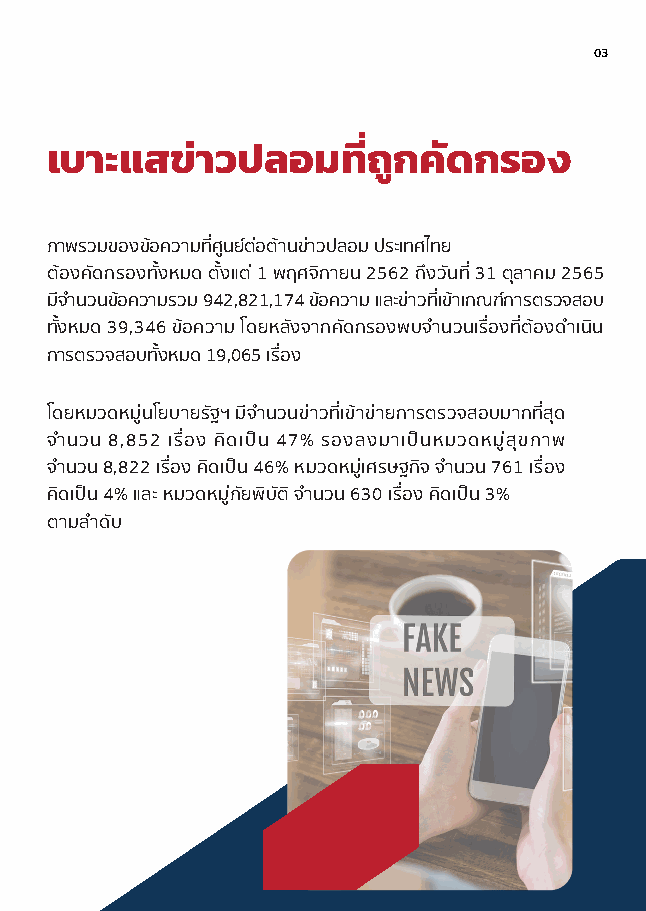
03
 เบาะแสข่าวปลอมที่ถูกคัดกรอง
 ภาพรวมของขอความที่ศูนยตอตานขาวปลอม ประเทศไทย
 ตองคัดกรองทั้งหมด ตั้งแต 1 พฤศจิกายน 2562 ถึงวันที่ 31 ตุลาคม 2565
 มีจํานวนขอความรวม 942,821,174 ขอความ และขาวที่เขาเกณฑการตรวจสอบ
 ทั้งหมด 39,346 ขอความ โดยหลังจากคัดกรองพบจํานวนเรื่องที่ตองดําเนิน
 การตรวจสอบทั้งหมด 19,065 เรื่อง
 โดยหมวดหมูนโยบายรัฐฯ มีจํานวนขาวที่เขาขายการตรวจสอบมากที่สุด
 จํานวน 8,852 เรื่อง คิดเปน 47% รองลงมาเปนหมวดหมูสุขภาพ
 จํานวน 8,822 เรื่อง คิดเปน 46% หมวดหมูเศรษฐกิจ จํานวน 761 เรื่อง
 คิดเปน 4% และ หมวดหมูภัยพิบัติ จํานวน 630 เรื่อง คิดเปน 3%
 ตามลําดับ